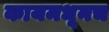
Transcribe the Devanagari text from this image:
कायमधूनच